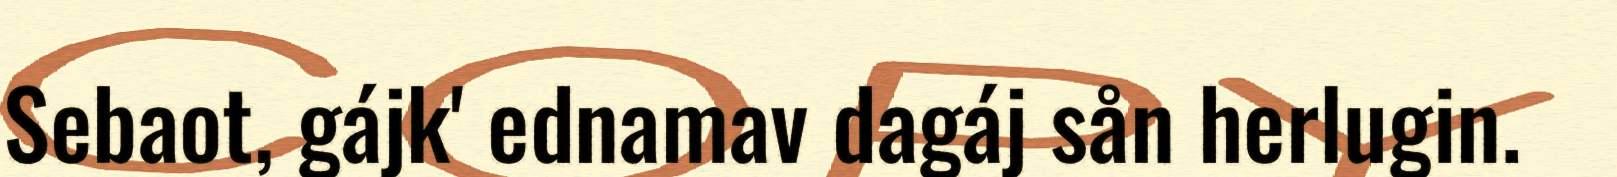
Sebaot, gájk' ednamav dagáj sån herlugin.